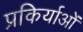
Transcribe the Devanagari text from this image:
प्रकिर्याओं